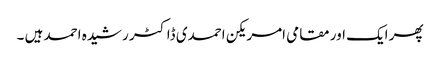
پھر ایک اور مقامی امریکن احمدی ڈاکٹر رشیدہ احمد ہیں ۔